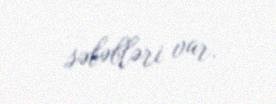
səbəbləri var.